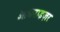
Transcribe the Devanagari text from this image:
आयनाइज़र